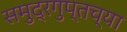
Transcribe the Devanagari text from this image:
समुद्रगुप्तच्या